Karksi_vallavalitsus, lk 50
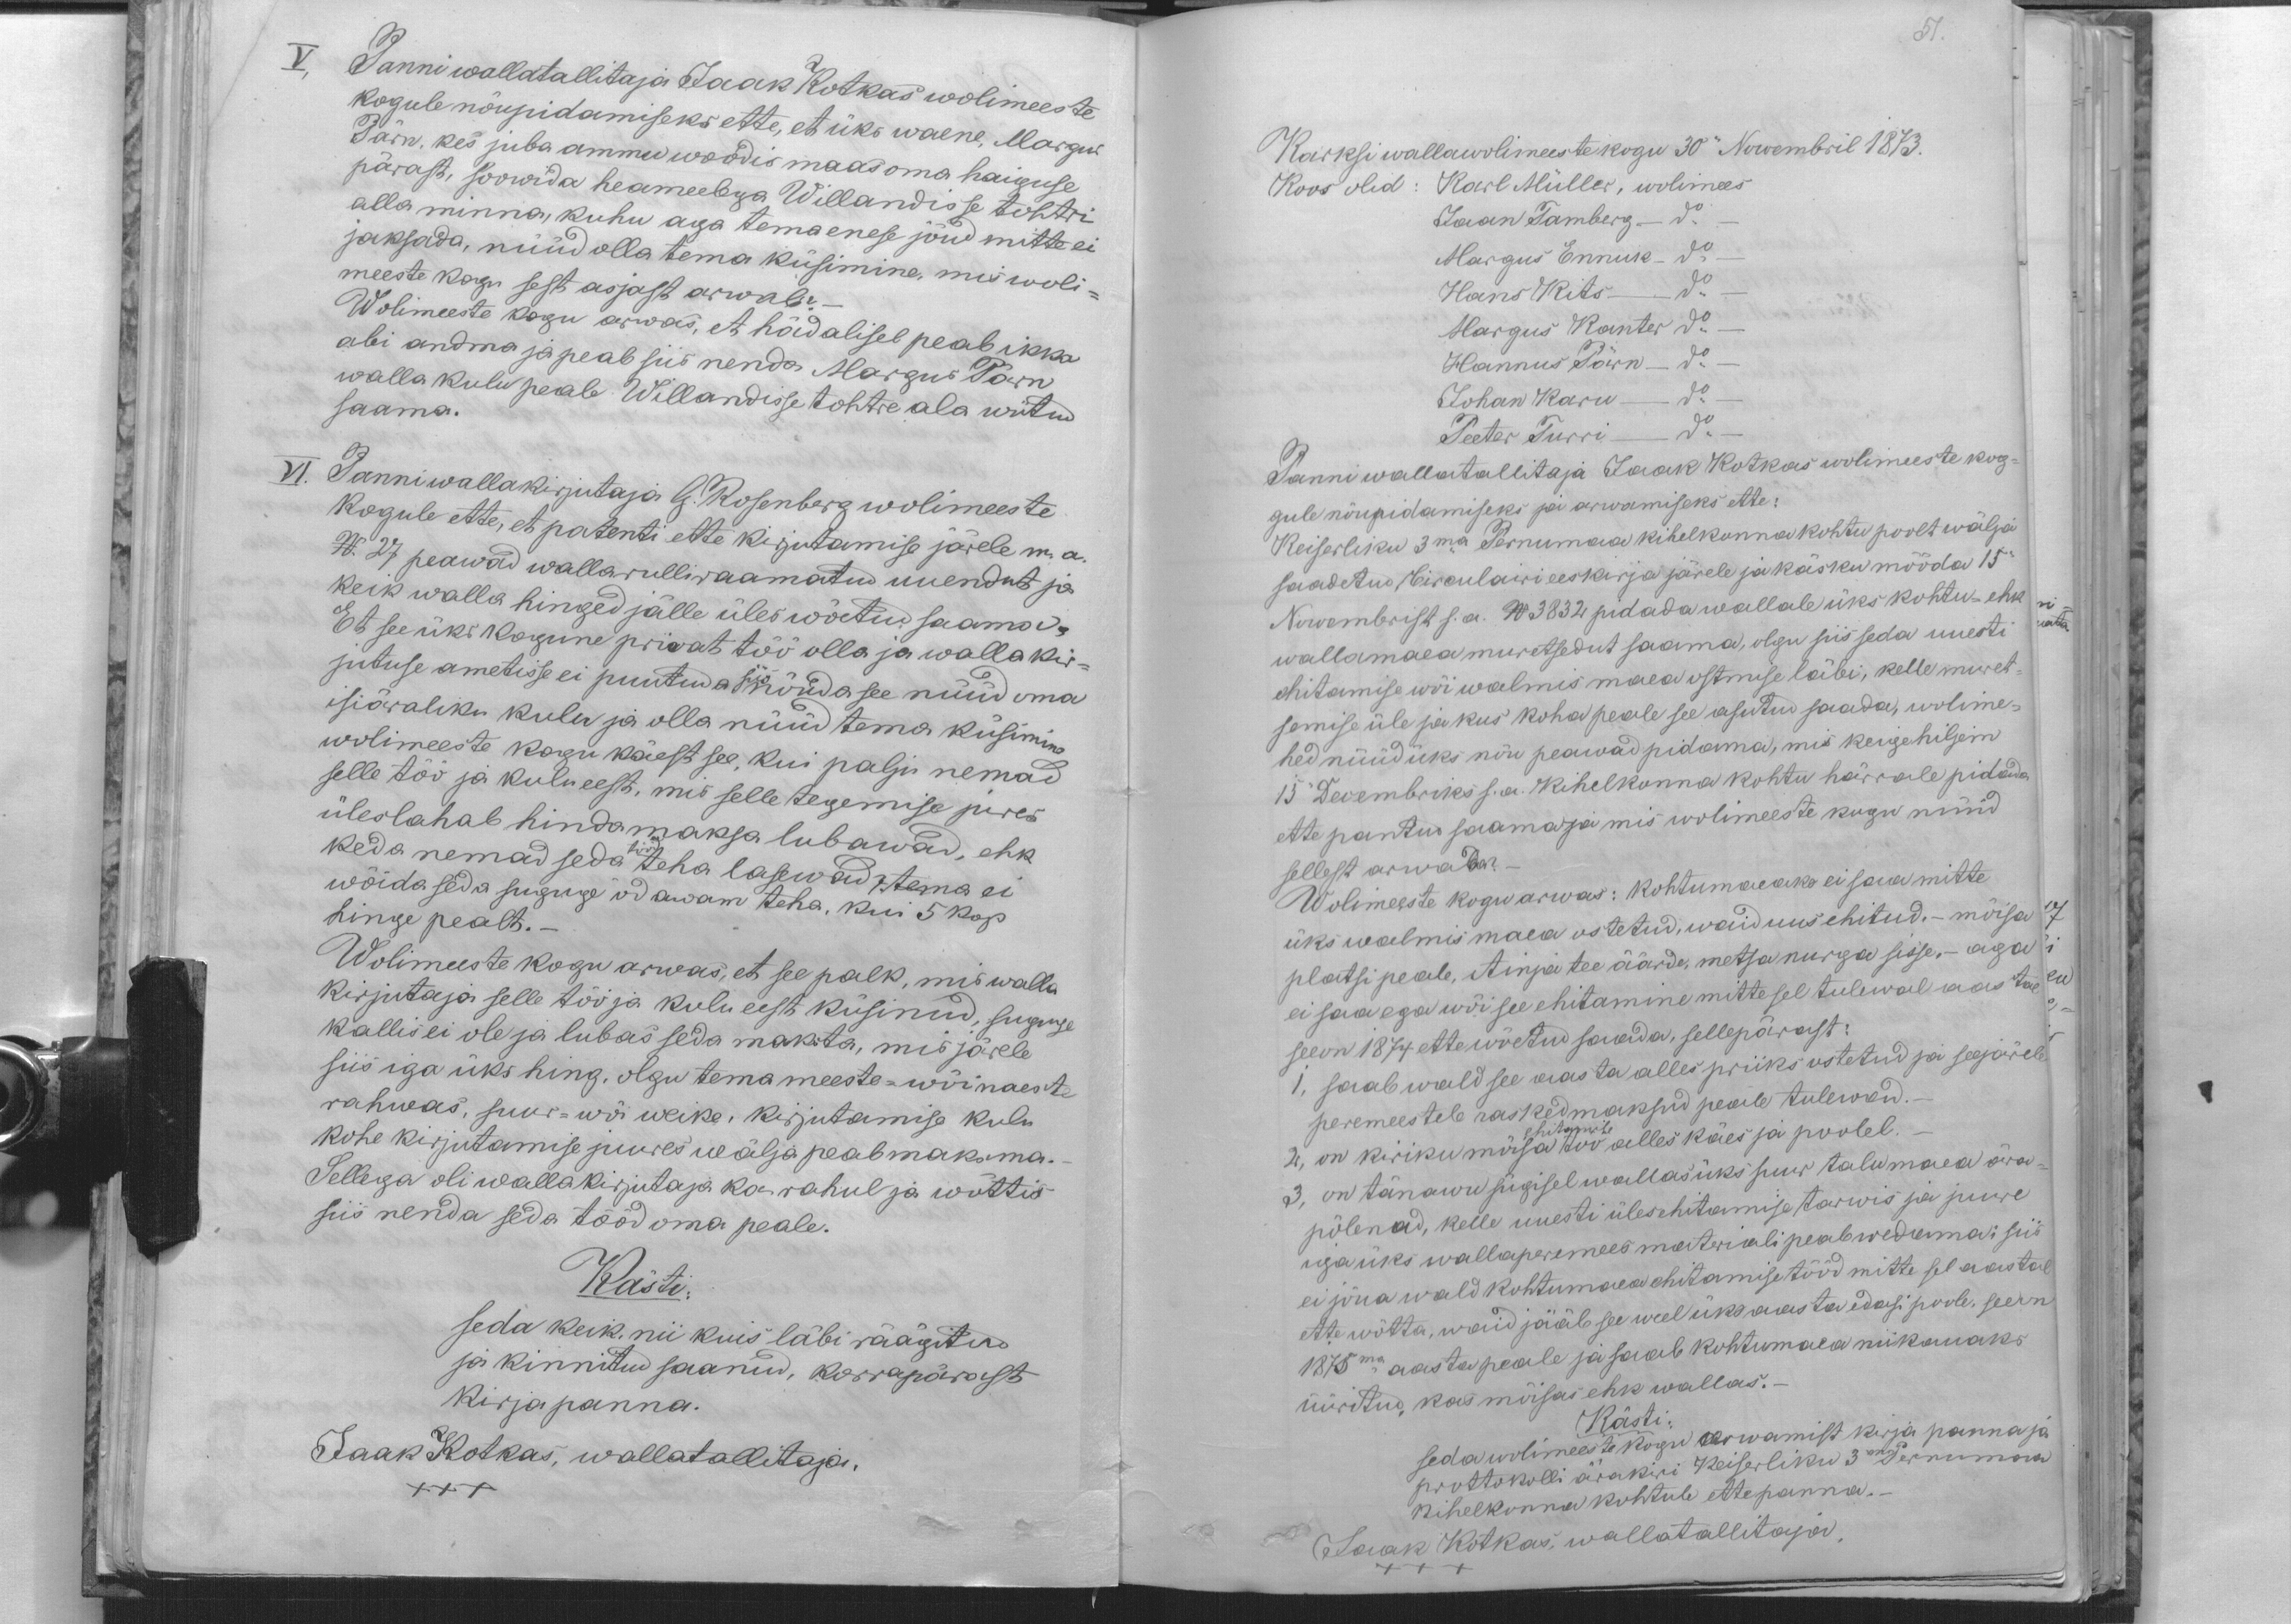
51.

V, Panni wallatallitaja Jaak Kotkas wolimeeste
kogule nõupidamiseks ette, et üks waene, Margus
Pärn, kes juba ammu woodis maas oma haiguse
pärast, soowida heameelega Willandisse tohtri
alla minna, kuhu aga tema enese jõud mitte ei
jaksada, nüüd olla tema küsimine, mis woli-
meeste kogu sest asjast arwab? -
Wolimeeste kogu arwas, et hädalisel peab ikka
abi andma ja peab siis nenda Margus Pärn
walla kulu peale Willandisse tohtre ala wiitud
saama.
VI. Panni wallakirjutaja G. Rosenberg wolimeeste
kogule ette, et patenti ette kirjutamise järele m. a.
N. 27 peawad wallarulliraamatud uuendut ja
keik walla hinged jälle üles wõetud saama.
Et see üks kogune priwat töö olla ja walla kir-
jutuse ametisse ei puutuda siis nõnda see nüüd oma
isiäraliku kulu ja olla nüüd tema küsimine
wolimeeste kogu käest see, kui palju nemad
selle töö ja kulu eest, mis selle tegemise jures
üleslahab hinda maksa lubawad, ehk
keda nemad seda tööd teha lasewad, tema ei
wõida seda suguge odawam teha, kui 5 kop
hinge pealt. -
Wolimeeste kogu arwas, et see palk, mis walla
kirjutaja selle töö ja kulu eest küsinud, suguge
kallis ei ole ja lubas seda maksta, mis järele
siis iga üks hing, olgu tema meeste- wõi naeste
rahwas, suur- wõi weike, kirjutamise kulu
kohe kirjutamise juures wälja peab maksma.
Sellega oli wallakirjutaja ka rahul ja wõttis
siis nenda seda tööd oma peale.
Kästi:
seda keik, nii kuis läbi räägitud
ja kinnitud saanud, korrapärast
kirja panna.
Jaak Kotkas, wallatallitaja.
XXX

Karksi wallawolimeeste kogu 30" Nowembril 1873.
Koos olid: Karl Müller, wolimees
Jaan Tamberg - do
Margus Ennuk - do -
Hans Kits - do
Margus Kanter do -
Hannus Pärn - do -
Johan Karu - do -
Peeter Turri - do -
Panni wallatallitaja Jaak Kotkas wolimeeste kog-
gule nõupidamiseks ja arwamisekeks ette:
Keiserliku 3ma Pernumaa kihelkonna kohtu poolt wälja
saadetud, Circulairi eeskirja järele ja käsku mööda 15"
Nowembrist s.a. N 3832 pidada wallale üks kohtu- ehk
wallamaea muretsedut saama, olgu siis seda uuesti
ehitamise wõi walmis maa ostmise läbi, kelle muret-
semise üle ja kus koha peale see asutud saada, wolime-
hed nüüd üks nõu peawad pidama, mis keigehiljem
15" Decembriks s.a. Kihelkonna kohtu härrale pidada
ette pantud saamaja mis wolimeeste kogu nüüd
sellest arwada?
Wolimeeste kogu arwas: kohtumaeaks ei saa mitte
üks walmis maea ostetud, waid uus ehitud.- mõisa
platsi peale, Ainja tee äärde, metsa nurga sisse,- aga
ei saa ega wõi see ehitamine mitte sel tulewal aastal
seeon 1874 ette wõetud saada, sellepärast:
1, saab wald see aasta alles priiks ostetud ja seejärele
peremeestele rasked maksud peale tulewad.
ehitamise
2, on kiriku mõisa töö alles käes ja poolel.
3, on tänawu sügisel wallas üks suur talumaea ära-
põlenud, kelle uuesti ülesehitamise tarwis ja juure
iga üks wallaperemees materiali peab wedama: siis
ei jõua wald kohtumaea ehitamise tööd mitte sel aastal
ette wõtta, waid jääb see weel üks aasta edasi poole. seeon
1875ma aasta peale ja saab kohtumaea niikauaks
üüritud, kas mõisas ehk wallas. -
Kästi:
seda wolimeeste kogu arwamist kirja panna ja
prottokolli ärakiri Keiserliku 3ma Pernumaa
kihelkonna kohtule ettepanna.-
Jaak Kotkas, wallatallitaja
XXX